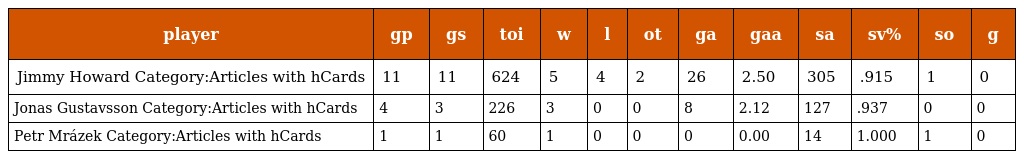
| player | gp | gs | toi | w | l | ot | ga | gaa | sa | sv% | so | g |
 | --- | --- | --- | --- | --- | --- | --- | --- | --- | --- | --- | --- | --- |
 | Jimmy Howard Category:Articles with hCards | 11 | 11 | 624 | 5 | 4 | 2 | 26 | 2.50 | 305 | .915 | 1 | 0 |
 | Jonas Gustavsson Category:Articles with hCards | 4 | 3 | 226 | 3 | 0 | 0 | 8 | 2.12 | 127 | .937 | 0 | 0 |
 | Petr Mrázek Category:Articles with hCards | 1 | 1 | 60 | 1 | 0 | 0 | 0 | 0.00 | 14 | 1.000 | 1 | 0 |